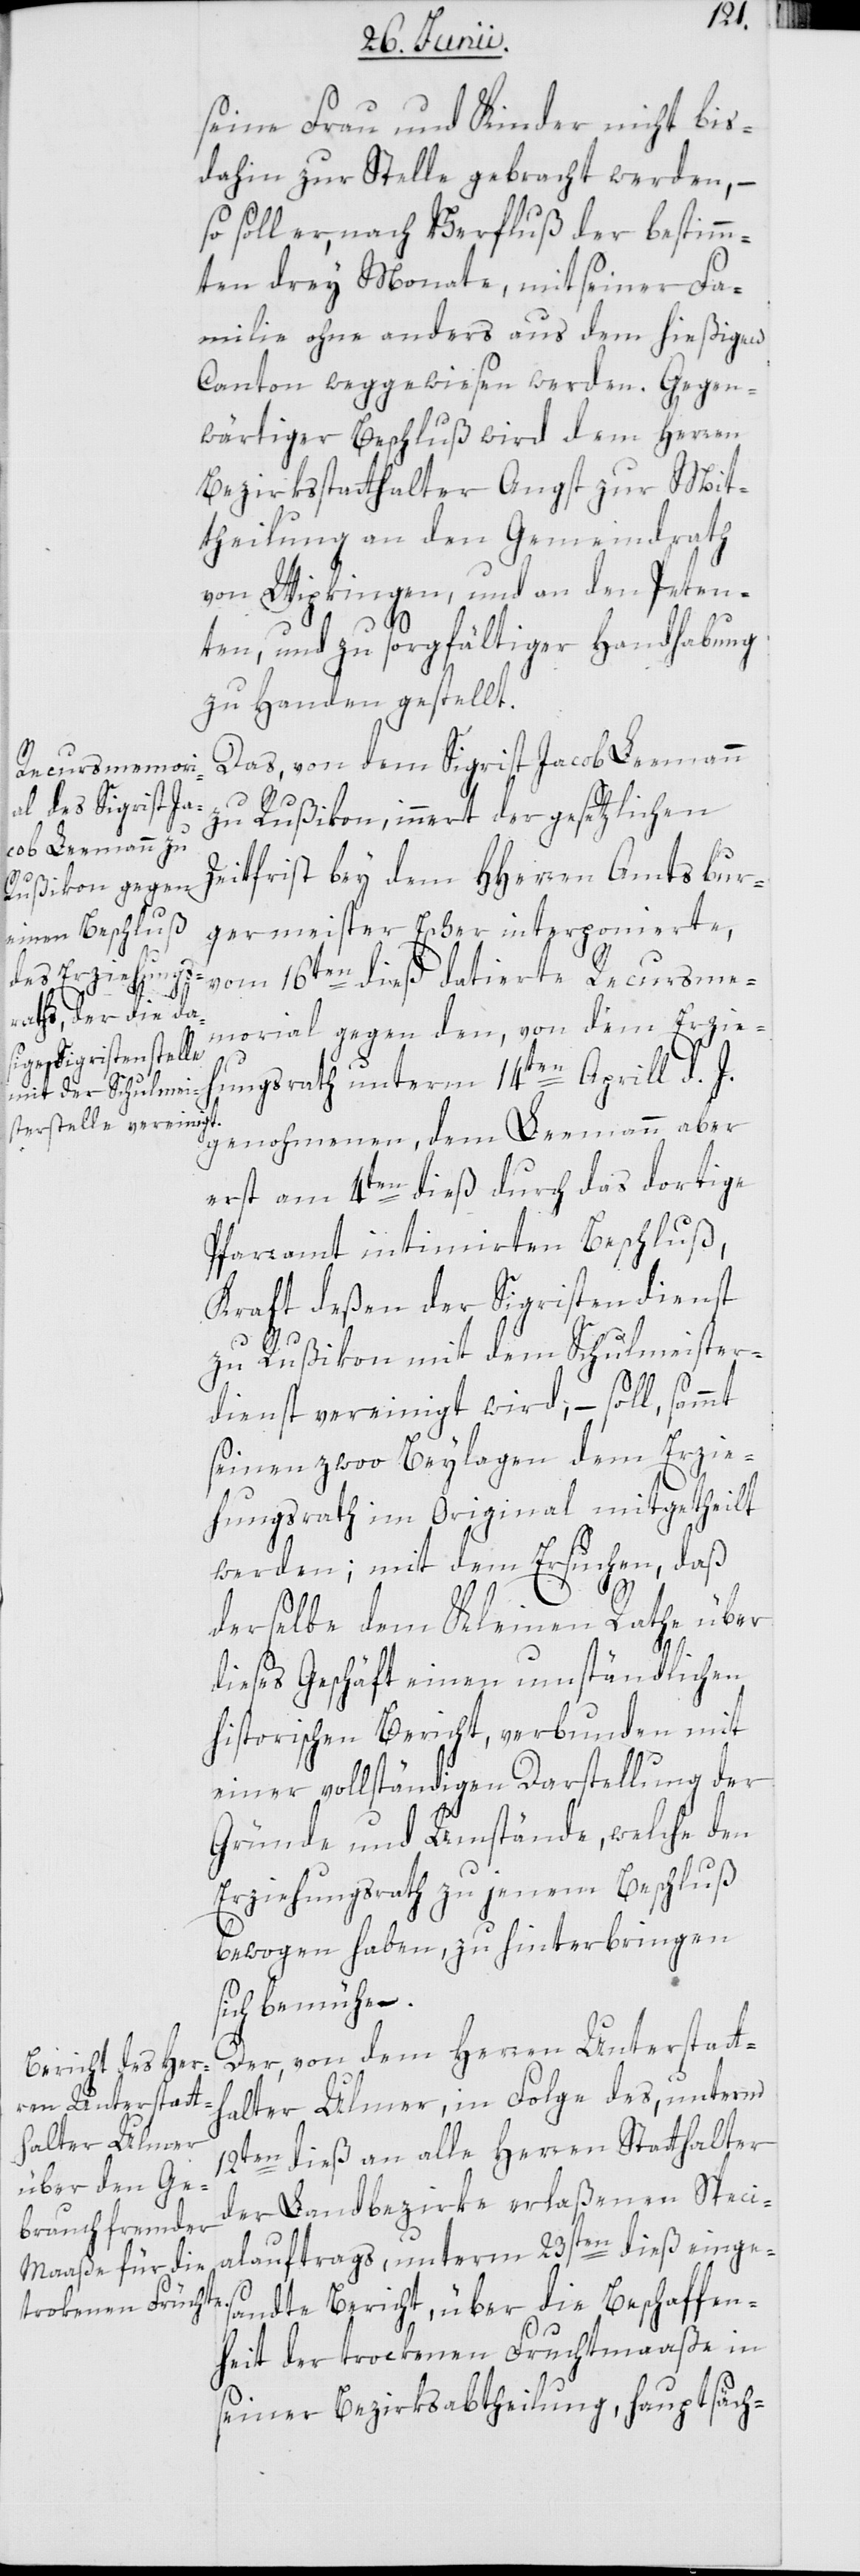
seine Frau und Kinder nicht bis
dahin zur Stelle gebracht werden, –
so soll er, nach Verfluß der bestimm¬
ten drey Monate, mit seiner Fa¬
milie ohne anders aus dem hießigen
Canton weg gewiesen werden. Gegen¬
wärtiger Beschluß wird dem Herren
Bezirksstatthalter Angst zur Mit¬
theilung an den Gemeindrath
von Wipkingen, und an den Peten¬
ten, und zu sorgfältiger Handhabung
zu Handen gestellt.
Das, von dem Sigrist Jacob Leemann
zu Rußikon, innert der gesetzlichen
Zeitfrist bey dem HHerren Amtsbur¬
germeister Escher interponierte,
vom 16ten dieß datierte Recursme¬
morial gegen den, von dem Erzie¬
hungsrath unterm 14ten Aprill d. J.
genohmenen, dem Leemann aber
erst am 4ten dieß durch das dortige
Pfarramt intimierten Beschluß,
Kraft deßen der Sigristendienst
zu Rußikon mit dem Schulmeister¬
dienst vereinigt wird, – soll, sammt
seinen zwoo Beylagen dem Erzie¬
hungsrath im Original mitgetheilt
werden; mit dem Ersuchen, daß
derselbe dem Kleinen Rathe über
dieses Geschäft einen umständlichen
historischen Bericht, verbunden mit
einer vollständigen Darstellung der
Gründe und Umstände, welche den
Erziehungsrath zu jenem Beschluß
bewogen haben, zu hinterbringen
sich bemühen.
Der, von dem Herren Unterstatt¬
halter Ulmer, in Folge des, unterm
12ten dieß an alle Herren Statthalter
der Landbezirke erlaßenen Speci¬
alauftrags, unterm 23sten dieß einge¬
sandte Bericht, über die Beschaffen¬
heit der trockenen Fruchtmaaße in
seiner Bezirksabtheilung, hauptsäch-